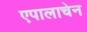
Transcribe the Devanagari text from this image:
एपालाचेन